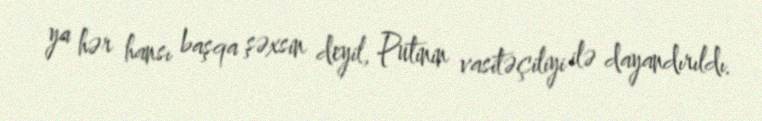
ya hər hansı başqa şəxsin deyil, Putinin vasitəçiliyi ilə dayandırıldı.